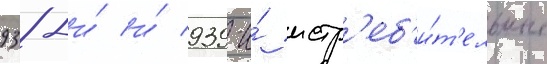
938-и́ и́ 939-и́ истр'еб'и́т'ельные